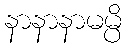
နာနာနာမမ္ပိ